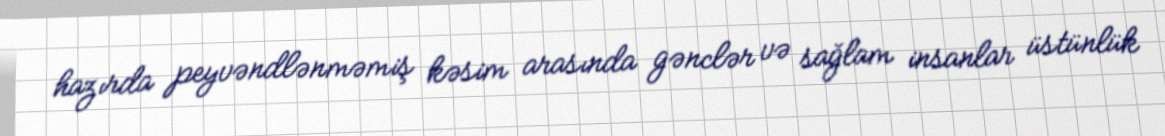
hazırda peyvəndlənməmiş kəsim arasında gənclər və sağlam insanlar üstünlük